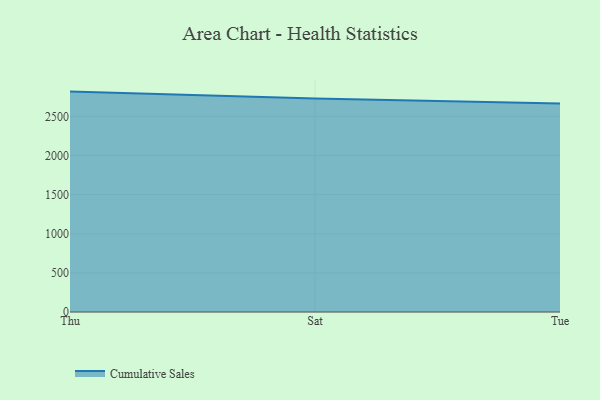
{"axis": {"x": "Day", "y": "Demand Index"}, "legend": ["Cumulative Sales"], "data": [{"x": "Thu", "y": 2817.3, "type": "Cumulative Sales"}, {"x": "Sat", "y": 2727.8, "type": "Cumulative Sales"}, {"x": "Tue", "y": 2664.3, "type": "Cumulative Sales"}]}